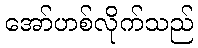
အော်ဟစ်လိုက်သည်